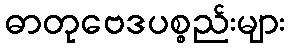
ဓာတုဗေဒပစ္စည်းများ